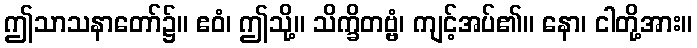
ဤသာသနာတော်၌။ ဧဝံ၊ ဤသို့။ သိက္ခိတဗ္ဗံ၊ ကျင့်အပ်၏။ နော၊ ငါတို့အား။